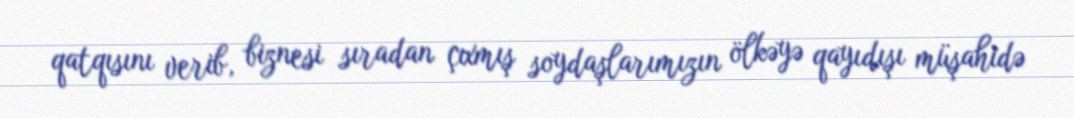
qatqısını verib, biznesi sıradan çıxmış soydaşlarımızın ölkəyə qayıdışı müşahidə